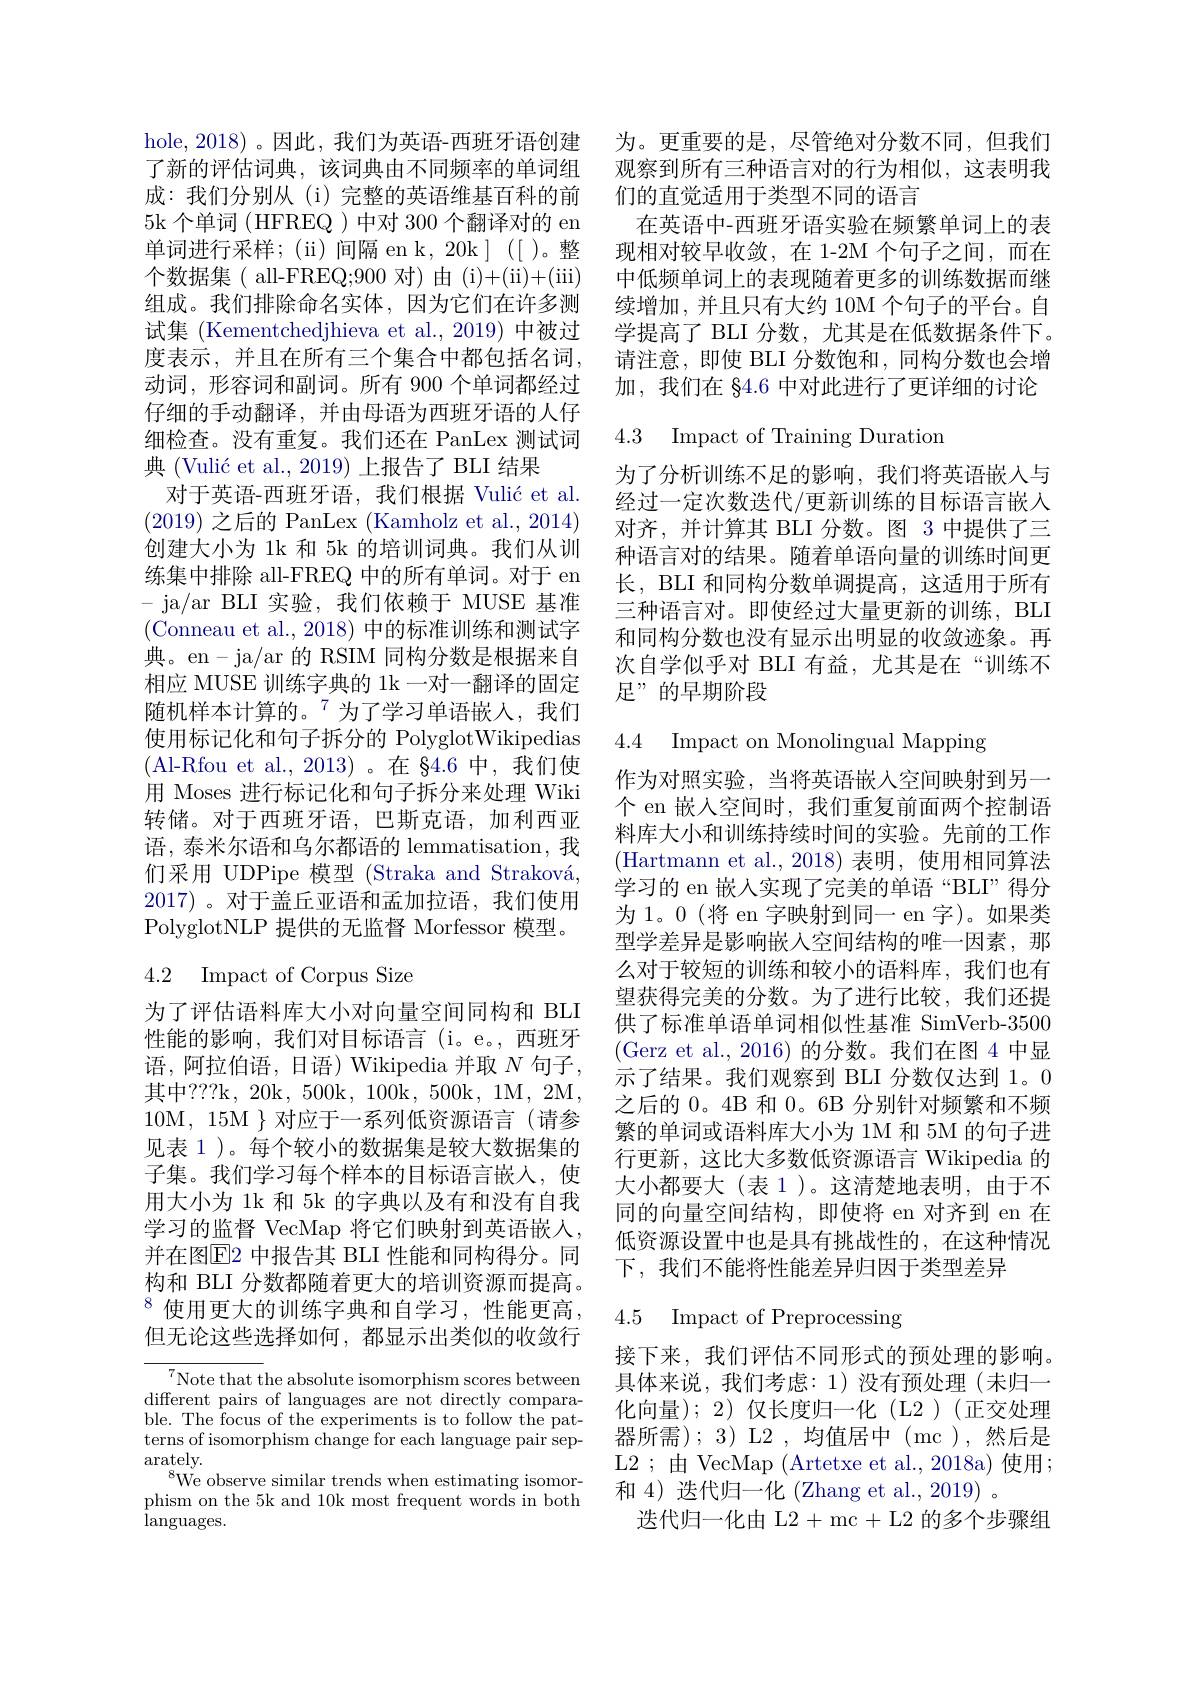
了新的评估词典，该词典由不同频率的单词组成：我们分别从(i)完整的英语维基百科的前5k 个单词 (HFREQ )中对 300 个翻译对的 en 单词进行采样；(ii)间隔 en k, 20k]([ )。整个数据集( all-FREQ;900 对)由(i)+(ii)+(iii) 组成。我们排除命名实体，因为它们在许多测试集 (Kementchedjhieva et al.,2019) 中被过度表示，并且在所有三个集合中都包括名词， 动词，形容词和副词。所有 900 个单词都经过仔细的手动翻译，并由母语为西班牙语的人仔细检查。没有重复。我们还在 PanLex 测试词典 (Vulić et al.,2019) 上报告了 BLI 结果
对于英语-西班牙语，我们根据 Vulić et al. (2019)之后的 PanLex (Kamholz et al., 2014) 创建大小为 1k 和 5k 的培训词典。我们从训练集中排除 all-FREQ 中的所有单词。对于 en - ja/ar BLI 实验，我们依赖于 MUSE 基准(Conneau et al., 2018) 中的标准训练和测试字典。en-ja/ar 的 RSIM 同构分数是根据来自相应 MUSE 训练字典的 1k 一对一翻译的固定随机样本计算的。$^{7}$为了学习单语嵌入，我们使用标记化和句子拆分的 PolyglotWikipedias (Al-Rfou et al.,2013)。在 §4.6 中，我们使用 Moses 进行标记化和句子拆分来处理 Wiki 转储。对于西班牙语，巴斯克语，加利西亚语，泰米尔语和乌尔都语的 lemmatisation, 我们采用 UDPipe 模型 (Straka and Straková, 2017)。对于盖丘亚语和孟加拉语，我们使用PolyglotNLP 提供的无监督 Morfessor 模型。

# 4.2 Impact of Corpus Size

为了评估语料库大小对向量空间同构和 BLI 性能的影响，我们对目标语言(i。e。,西班牙语，阿拉伯语，日语) Wikipedia 并取 $N$ 句子， 其中？??k, 20k, 500k, 100k, 500k, 1M, 2M, 10M,15M $\}$对应于一系列低资源语言(请参见表 1 )。每个较小的数据集是较大数据集的子集。我们学习每个样本的目标语言嵌人，使用大小为 1k 和 5k 的字典以及有和没有自我学习的监督 VecMap 将它们映射到英语嵌人， 并在图[E]2 中报告其 BLI 性能和同构得分。同构和 BLI 分数都随着更大的培训资源而提高。$^{8}$使用更大的训练字典和自学习，性能更高， 但无论这些选择如何，都显示出类似的收敛行

$^{7}$Note that the absolute isomorphism scores between different pairs of languages are not directly comparable. The focus of the experiments is to follow the patterns of isomorphism change for each language pair separately.
$^{8}$We observe similar trends when estimating isomorphism on the 5k and 10k most frequent words in both ${\mathrm{languages.}}$

hole,2018)。因此，我们为英语-西班牙语创建 为。更重要的是，尽管绝对分数不同，但我们
观察到所有三种语言对的行为相似，这表明我
们的直觉适用于类型不同的语言
在英语中-西班牙语实验在频繁单词上的表现相对较早收敛，在 1-2M 个句子之间，而在中低频单词上的表现随着更多的训练数据而继续增加，并且只有大约 10M 个句子的平台。自学提高了 BLI 分数，尤其是在低数据条件下。请注意，即使 BLI 分数饱和，同构分数也会增加，我们在$\S4.6$中对此进行了更详细的讨论

4.3 Impact of Training Duration

为了分析训练不足的影响，我们将英语嵌入与经过一定次数迭代/更新训练的目标语言嵌入对齐，并计算其 BLI 分数。图 3 中提供了三种语言对的结果。随着单语向量的训练时间更长，BLI 和同构分数单调提高，这适用于所有三种语言对。即使经过大量更新的训练，BLI 和同构分数也没有显示出明显的收敛迹象。再次自学似乎对 BLI 有益，尤其是在“训练不足”的早期阶段

4.4 Impact on Monolingual Mapping

作为对照实验，当将英语嵌入空间映射到另一个 en 嵌入空间时，我们重复前面两个控制语料库大小和训练持续时间的实验。先前的工作(Hartmann et al.,2018)表明，使用相同算法学习的 en 嵌人实现了完美的单语“BLI”得分为 1。0 (将 en 字映射到同一 en 字)。如果类型学差异是影响嵌入空间结构的唯一因素，那么对于较短的训练和较小的语料库，我们也有望获得完美的分数。为了进行比较，我们还提供了标准单语单词相似性基准 SimVerb-3500 (Gerz et al., 2016)的分数。我们在图 4 中显示了结果。我们观察到 BLI 分数仅达到 1。0之后的 0。4B 和 0。6B 分别针对频繁和不频繁的单词或语料库大小为 1M 和 5M 的句子进行更新，这比大多数低资源语言 Wikipedia 的大小都要大(表 1)。这清楚地表明，由于不同的向量空间结构，即使将 en 对齐到 en 在低资源设置中也是具有挑战性的，在这种情况下，我们不能将性能差异归因于类型差异

4.5 Impact of Preprocessing

接下来，我们评估不同形式的预处理的影响。具体来说，我们考虑：1)没有预处理(未归一化向量); 2) 仅长度归一化 (L2 )(正交处理器所需);3)L2,均值居中(mc),然后是L2;由 VecMap (Artetxe et al.,2018a)使用； 和 4) 迭代归一化 (Zhang et al., 2019) 。
迭代归一化由 L2+ mc+L2 的多个步骤组